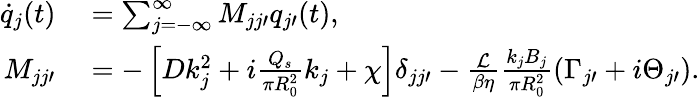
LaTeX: \begin{array}{rl}{\dot{q}_{j}(t)}&{{}=\sum_{j=-\infty}^{\infty}M_{jj\prime}q_{j\prime}(t),}\\ {M_{jj\prime}}&{{}=-\left[Dk_{j}^{2}+i\frac{Q_{s}}{\pi R_{0}^{2}}k_{j}+\chi\right]\delta_{jj\prime}-\frac{\mathcal{L}}{\beta\eta}\frac{k_{j}B_{j}}{\pi R_{0}^{2}}(\Gamma_{j\prime}+i\Theta_{j\prime}).}\end{array}